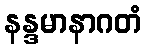
နန္ဒမာနာဂတံ